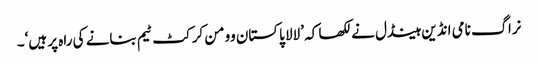
نراگ نامی انڈین ہینڈل نے لکھا کہ ’لالا پاکستان وومن کرکٹ ٹیم بنانے کی راہ پر ہیں‘۔